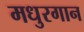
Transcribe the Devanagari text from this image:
मधुरगान